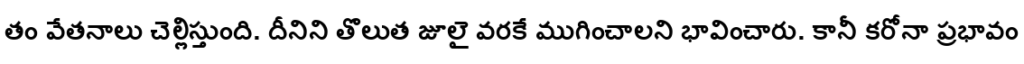
తం వేతనాలు చెల్లిస్తుంది. దీనిని తొలుత జూలై వరకే ముగించాలని భావించారు. కానీ కరోనా ప్రభావం